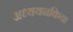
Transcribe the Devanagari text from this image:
अध्ययनकिया